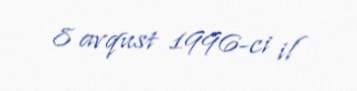
8 avqust 1996-ci il